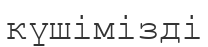
күшімізді